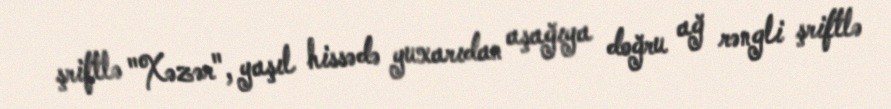
şriftlə "Xəzər", yaşıl hissədə yuxarıdan aşağıya doğru ağ rəngli şriftlə